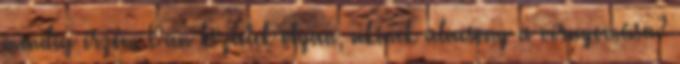
mindig érzem Van köztetek olyan, akinek alacsony a vérnyomása?